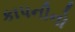
કાપનીનો